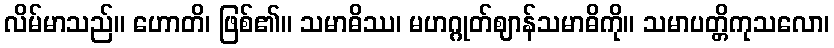
လိမ်မာသည်။ ဟောတိ၊ ဖြစ်၏။ သမာဓိဿ၊ မဟဂ္ဂုတ်ဈာန်သမာဓိကို။ သမာပတ္တိကုသလော၊